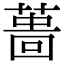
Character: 𦸜